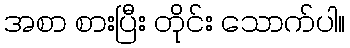
အစာ စားပြီး တိုင်း သောက်ပါ။